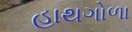
હાથગોળા